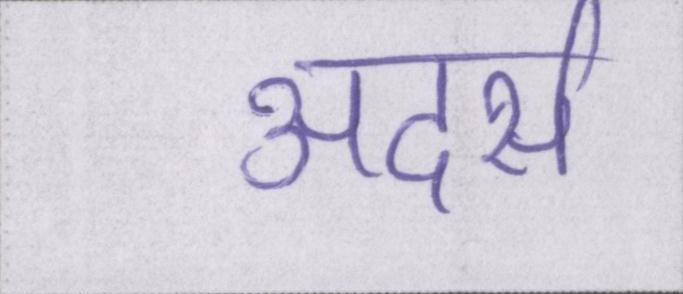
अदर्स